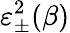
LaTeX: \varepsilon_{\pm}^{2}(\beta)